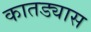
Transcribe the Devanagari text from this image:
कातड्यास